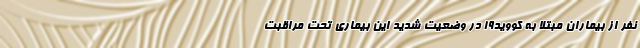
نفر از بیماران مبتلا به کووید۱۹ در وضعیت شدید این بیماری تحت مراقبت